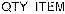
QTY ITEM